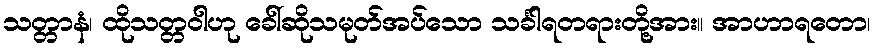
သတ္တာနံ၊ ထိုသတ္တဝါဟု ခေါ်ဆိုသမုတ်အပ်သော သင်္ခါရတရားတို့အား။ အာဟာရတော၊